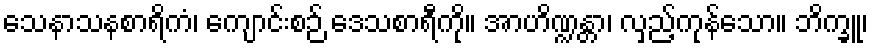
သေနာသနစာရိကံ၊ ကျောင်းစဉ် ဒေသစာရီကို။ အာဟိဏ္ဍန္တာ၊ လှည့်ကုန်သော။ ဘိက္ခူ၊